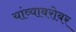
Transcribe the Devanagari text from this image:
यांव्याबरोबर